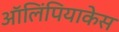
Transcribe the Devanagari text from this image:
ऑलिंपियाकेस